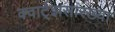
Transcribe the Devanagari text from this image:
क्वार्ट्‌झसारख्या